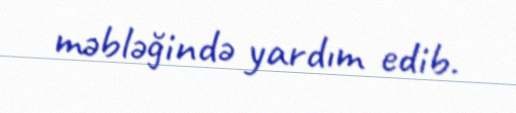
məbləğində yardım edib.